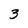
Character: 3